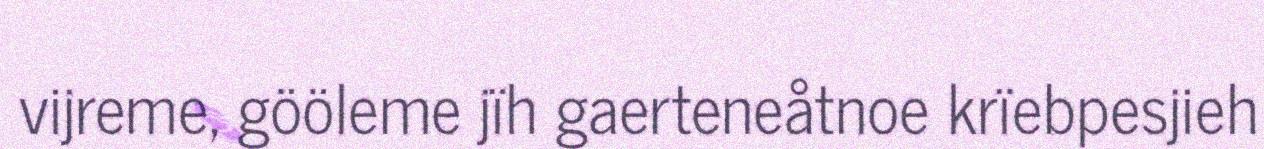
vijreme, gööleme jïh gaerteneåtnoe krïebpesjieh